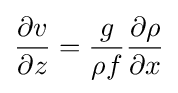
{\begin{aligned}{\frac {\partial v}{\partial z}}={\frac {g}{\rho f}}{\frac {\partial \rho }{\partial x}}\end{aligned}}